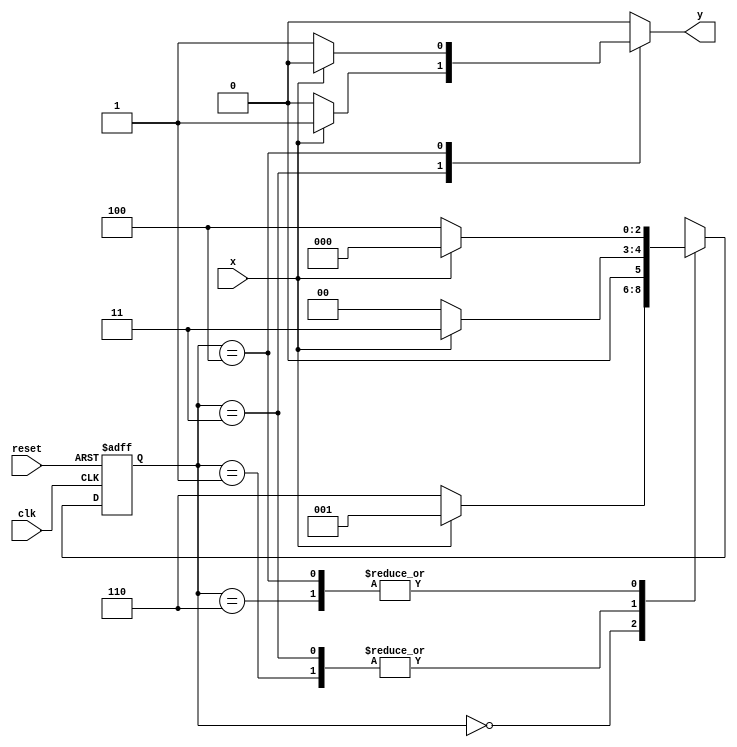
// Nome: Isabella Gonales



// ---------------------------
// -------Exercicio 04 -------
// ---------------------------

`define found    1
`define notfound 0


module exercicio4 ( y, x, clk, reset );

	output y;
	input  x;
	input  clk;
	input  reset;

	reg    y;

	parameter         
		start  = 3'b000,
		id1    = 3'b001,
		id11   = 3'b011,
		id0    = 3'b110,
		id00   = 3'b100;

	reg [2:0] E1;	
		reg [2:0] E2;	

	// next state logic
   always @( x or E1 )
		begin
		y = `notfound;

		case ( E1 )
			start:
				if ( x )
					E2 = id1;
				else
					E2 = id0;
				
			id1:
				if ( x )
					E2 = id11;
				else
					E2 = start;

			id11:
				if ( x )
				begin
					E2 =  id11;
					y  = `found;
				end
				else
				begin
					E2 =  start;
					y  = `notfound;
				end
			
			id0:
				if ( x )
					E2 = start;
				else
					E2 = id00;

			id00:
				if ( x )
				begin
					E2 =  start;
					y  = `notfound;
				end
				else
				begin
					E2 =  id00;
					y  = `found;
				end
	 
			default:  
				E2 =  3'bxxx;
		endcase
	  
		end 
		

	
		always @( posedge clk or negedge reset )
		begin
			if ( reset )
				E1 = E2;    
							else
				E1 = 0;     
		end // always at signal changing

endmodule 

module Exercicio4;
	
	reg   clk, reset, x;
	wire  m1;

	exercicio4 M4 ( m1, x, clk, reset );

	initial
	begin

		$display("\nTime\tX   Seq 000|111" );


       clk   = 1;
       reset = 0;
       x     = 0;


		#10   reset = 1;
		#10  x = 1;
		#10  x = 0;
		#10  x = 0;
		#10  x = 1;
		#10  x = 0;
		#10  x = 1;
		#10  x = 1;
		#10  x = 1;
		#10  x = 1;
		#10  x = 0;
		#10  x = 1;
		#10  x = 1;
		#10  x = 1;
		#10  x = 0;
		#10  x = 0;
		#10  x = 0;
		#10  x = 0;
		#10  x = 1;
		
		#5 $finish;
	
	end 

	always
		#5 clk = ~clk;

	always @( posedge clk )
	begin
		$display ( "%4d \t%b\t%b", $time, x, m1);
	end

endmodule